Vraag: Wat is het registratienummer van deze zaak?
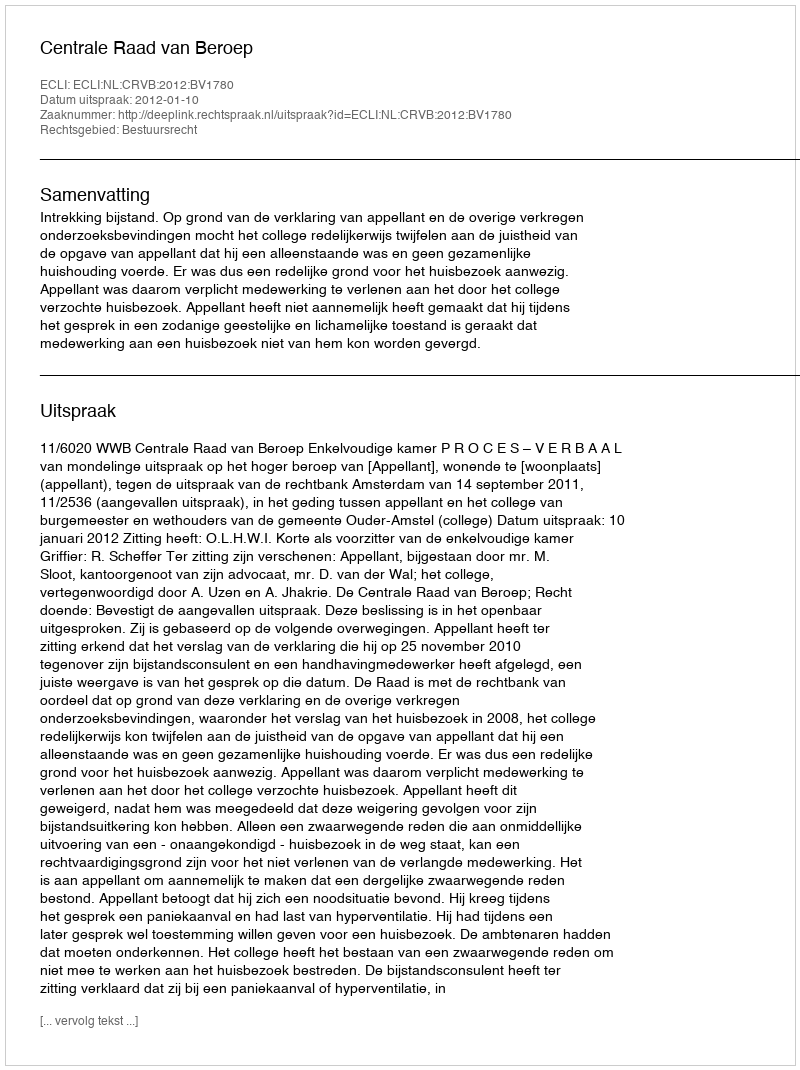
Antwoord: http://deeplink.rechtspraak.nl/uitspraak?id=ECLI:NL:CRVB:2012:BV1780